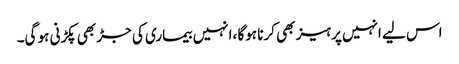
اس لیے انہیں پرہیز بھی کرنا ہوگا ،انہیں بیماری کی جڑ بھی پکڑنی ہو گی۔